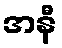
အနီ